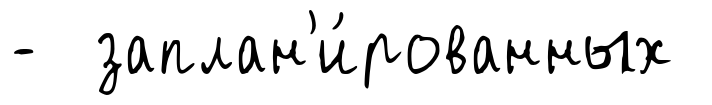
- заплан'и́рованных